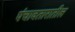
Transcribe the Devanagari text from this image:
पंचावतारातील